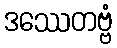
ဒဿေတဗ္ဗံ